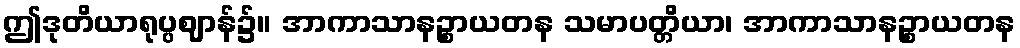
ဤဒုတိယာရုပ္ပဈာန်၌။ အာကာသာနဉ္စာယတန သမာပတ္တိယာ၊ အာကာသာနဉ္စာယတန